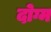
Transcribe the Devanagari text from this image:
दोग्म